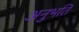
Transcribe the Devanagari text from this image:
अनुभति